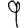
Digit: 9